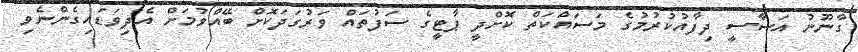
ގާނޫނު އަސާސީ ދިފާއުކުރުމުގެ މަސައްކަތް ކޮށްދީ ޕާޓީގެ ސަފުތައް ވަރުގަދަކޮށް ބޭއްވުމަށް އެދިވަޑައިގެންނެވި